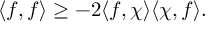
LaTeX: \langle f , f \rangle \geq - 2 \langle f , \chi \rangle \langle \chi , f \rangle .